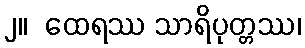
၂။  ထေရဿ သာရိပုတ္တဿ၊